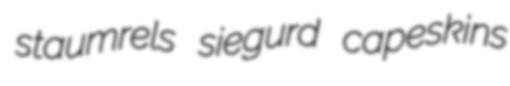
staumrels siegurd capeskins